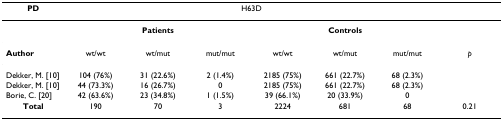
<table><thead><tr><td><b>PD</b></td><td colspan="6"><b>H63D</b></td><td></td></tr></thead><tbody><tr><td></td><td colspan="3"><b>Patients</b></td><td colspan="3"><b>Controls</b></td><td></td></tr><tr><td><b>Author</b></td><td>wt/wt</td><td>wt/mut</td><td>mut/mut</td><td>wt/wt</td><td>wt/mut</td><td>mut/mut</td><td><i>p</i></td></tr><tr><td>Dekker, M. [10]</td><td>104 (76%)</td><td>31 (22.6%)</td><td>2 (1.4%)</td><td>2185 (75%)</td><td>661 (22.7%)</td><td>68 (2.3%)</td><td></td></tr><tr><td>Dekker, M. [10]</td><td>44 (73.3%)</td><td>16 (26.7%)</td><td>0</td><td>2185 (75%)</td><td>661 (22.7%)</td><td>68 (2.3%)</td><td></td></tr><tr><td>Borie, C. [20]</td><td>42 (63.6%)</td><td>23 (34.8%)</td><td>1 (1.5%)</td><td>39 (66.1%)</td><td>20 (33.9%)</td><td>0</td><td></td></tr><tr><td><b>Total</b></td><td>190</td><td>70</td><td>3</td><td>2224</td><td>681</td><td>68</td><td>0.21</td></tr></tbody></table>